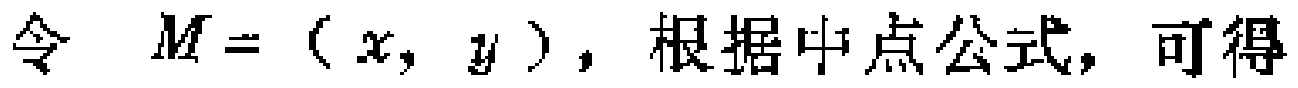
令 \(M = (x, y)\)，根据中点公式，可得